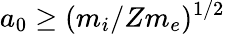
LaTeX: a_{0}\geq(m_{i}/Zm_{e})^{1/2}